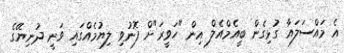
އެ މައްސަލައާ ގުޅިގެން ބީއެމްއެލް އިން "ހަވީރަ"ށް ފޮނުވި ލިޔުމެއްގައި ވަނީ ދުނިޔޭގެ